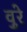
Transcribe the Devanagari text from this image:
वुरे